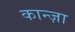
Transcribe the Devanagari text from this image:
कान्ज़ा